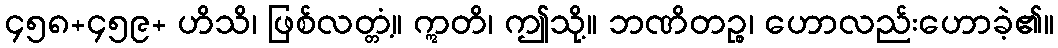
၄၅၈+၄၅၉+ ဟိသိ၊ ဖြစ်လတ္တံ့။ ဣတိ၊ ဤသို့။ ဘဏိတဉ္စ၊ ဟောလည်းဟောခဲ့၏။